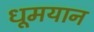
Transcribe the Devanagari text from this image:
धूमयान